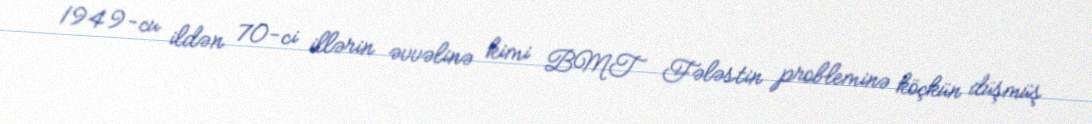
1949-cu ildən 70-ci illərin əvvəlinə kimi BMT Fələstin probleminə köçkün düşmüş